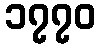
၁၇၇၀